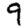
Digit: 9